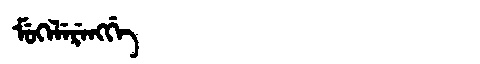
Manchu: ᠮᡠᡴᡝᠯᡝᡵᡝᠩᡤᡝ
Romanization: MUKELERENGGE